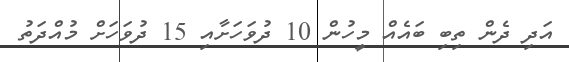
އަދި ދެން ތިބި ބައެއް މީހުން 10 ދުވަހަށާއި 15 ދުވަހަށް މުއްދަތު